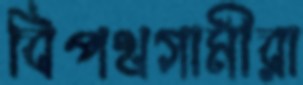
বিপথগামীরা